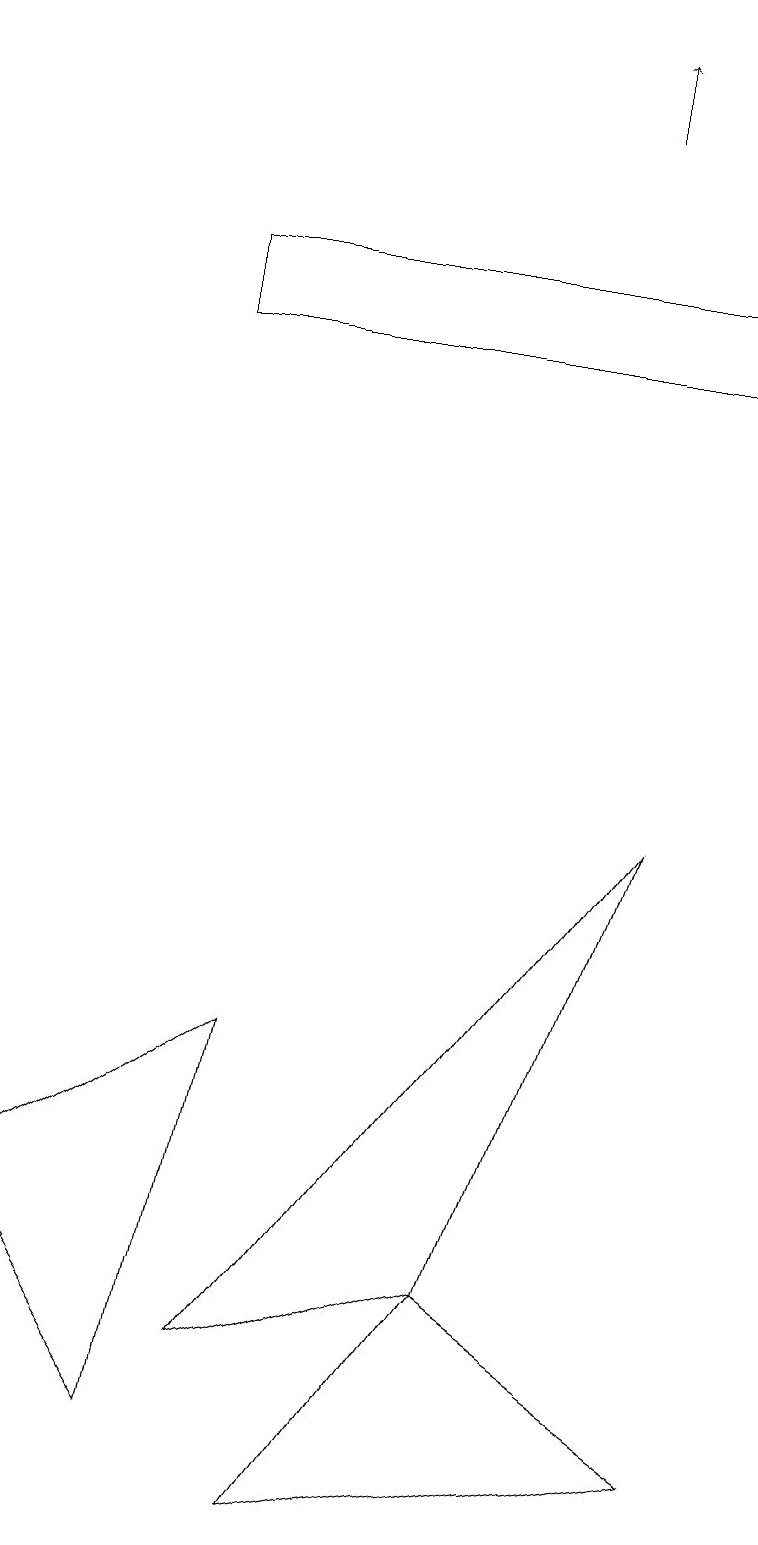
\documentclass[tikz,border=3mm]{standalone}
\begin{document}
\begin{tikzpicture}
\draw[->] (7,18) -- (7,19);
\draw (2,1) -- (0,4) -- (3,6) -- cycle;
\draw (6,3) -- (3,2) -- (8,9) -- cycle;
\draw (6,3) -- (9,1) -- (4,0) -- cycle;
\draw (2,16) rectangle (9,15);
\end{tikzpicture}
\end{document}